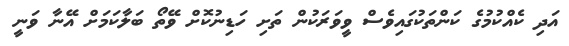
އަދި ކެއްކުމުގެ ކަންތަކުގައިވެސް ވީވަރަކުން ތަށި ހަޑިނުކޮށް ވޭތޯ ބަލާކަމަށް އޭނާ ވަނީ